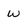
Character: W